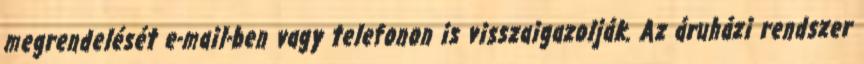
megrendelését e-mail-ben vagy telefonon is visszaigazolják. Az áruházi rendszer